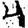
Digit: 4